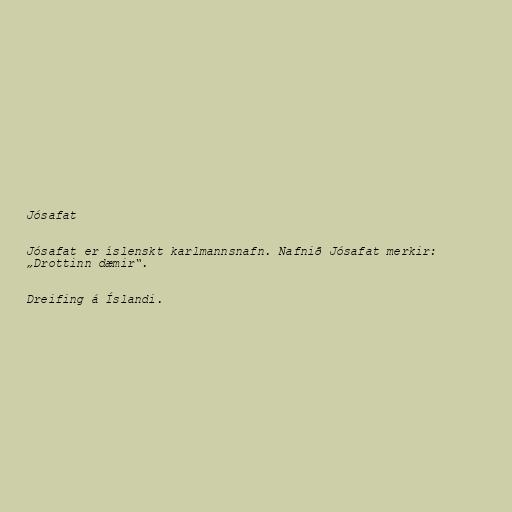
Jósafat

Jósafat er íslenskt karlmannsnafn. Nafnið Jósafat merkir:
„Drottinn dæmir“.

Dreifing á Íslandi.